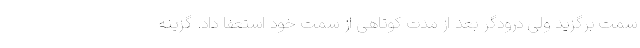
سمت برگزید ولی درودگر بعد از مدت کوتاهی از سمت خود استعفا داد. گزینه